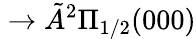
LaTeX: {}\rightarrow{}\tilde{A}{}^{2}\Pi_{1/2}(000)